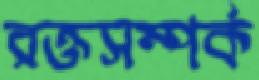
রক্তসম্পর্ক